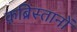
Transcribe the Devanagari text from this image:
क़ब्रिस्तानों